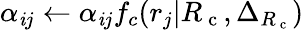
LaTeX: \alpha_{\mathit{i}j}\leftarrow\alpha_{\mathit{i}j}f_{c}(r_{j}|{R_{\mathrm{{~c~}}}},\Delta_{{R_{\mathrm{{~c~}}}}})